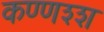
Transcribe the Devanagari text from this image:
कण्णश्श